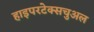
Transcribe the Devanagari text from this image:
हाइपरटेक्सचुअल